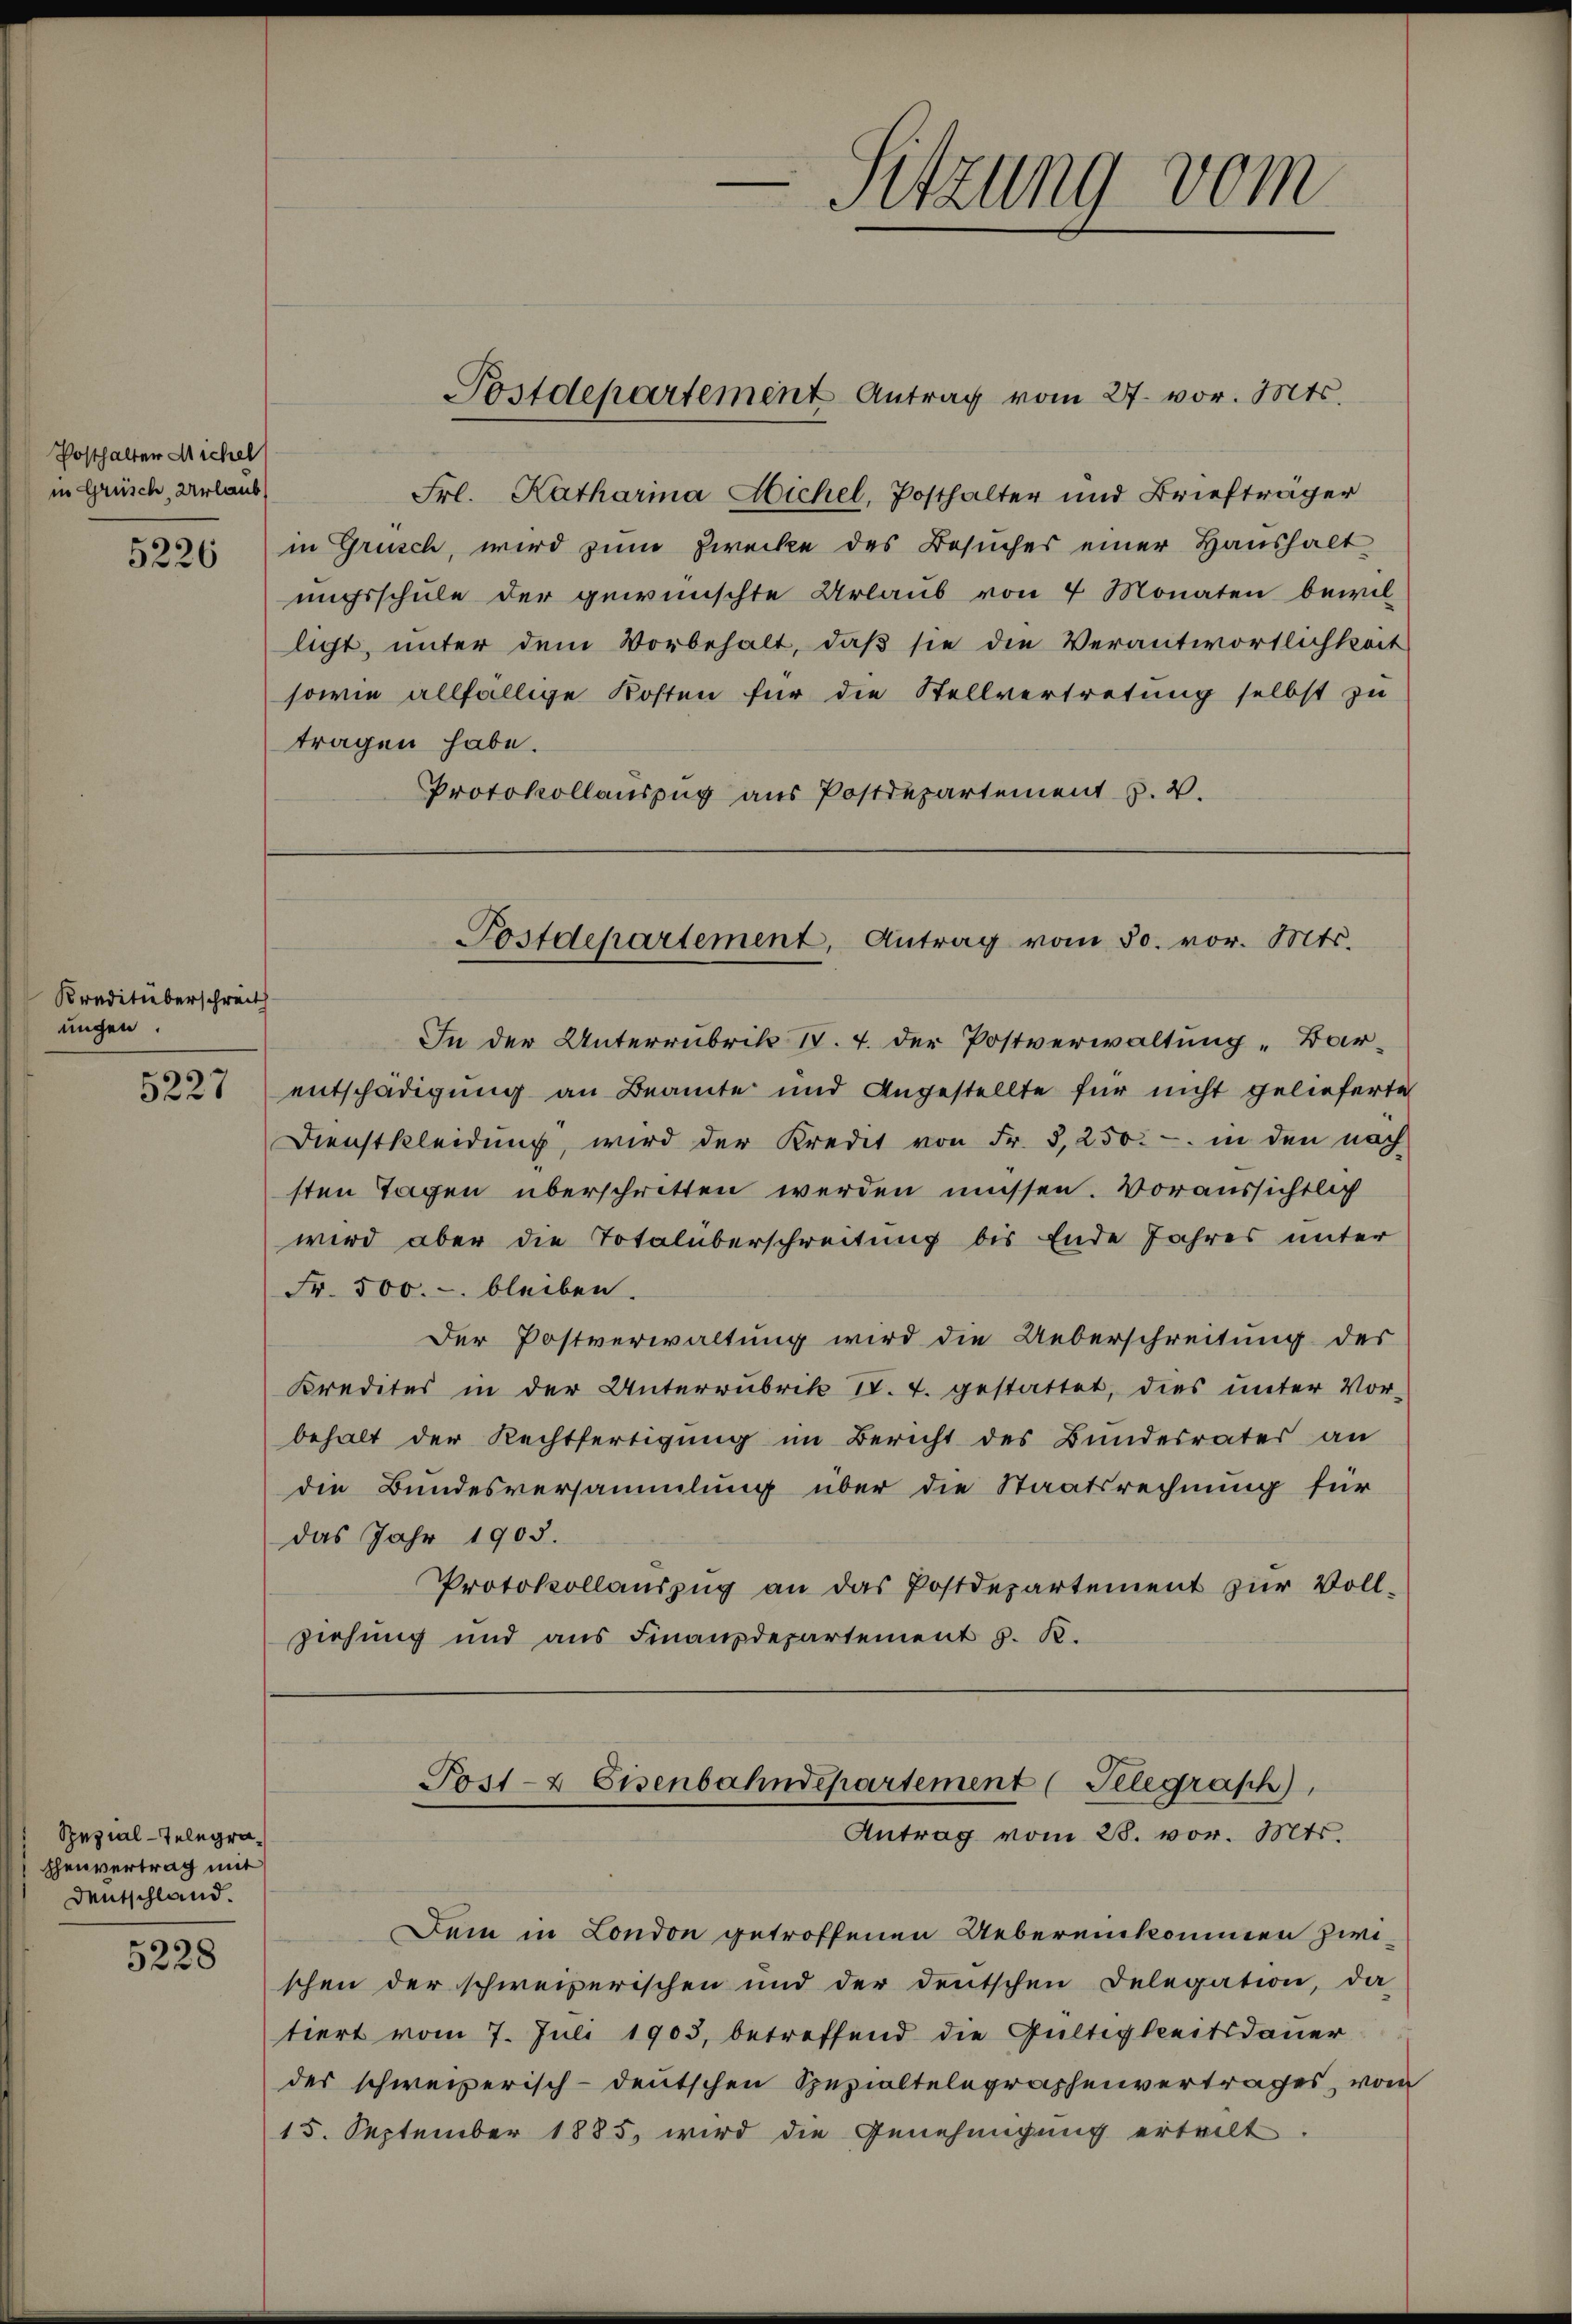
Posthalter Michel
in Grüsch, Urlaub

5226

Kreditüberschreit
ungen.

Spezial-Telegrashenvertrag mit
Deutschland.

5228

Frl. Katharina Hichel, Posthalter und Briefträger
in Grusch, wird zum Zwecke des Besuches einer Haushalt
ungsschule der gewünschte Urlaub von 4 Monaten bewillicht, unter dem Vorbehalt, daβ sie die Verantwortlichkeit
sowie allfällige Kosten für die Stellvertretung selbst zu
tragen habe.
Protokollauszug aus Postdepartement u. V.

Sitzung vom

Postdepartement Antrag vom 27. vor. Mts.

PPostdepartement, Antrag vom 30. vor. Mts.

In der Unterrubrik IV. 4. der Postverwaltung „Bar¬
2227 entschädigung an Beamte und Angestellte für nicht gelieferte
Dienstkleidung, wird der Kredit von Fr. 8, 250.- in den nach
sten Tagen überschritten werden müssen. Voraussichtlich
wird aber die Totalüberschreitung bis Ende Jahres unter
Fr. 500.- bleiben.
Der Postverwaltung wird die Ueberschreitung des
Kredites in der Unterrubrik IV. T. gestattet, dies unter Vor-
behalt der Rechtfertigung im Bericht des Bundesrates an
die Bundesversammlung über die Staatsrechnung für
das Jahr 1905.
Protokollauszug an das Postdepartement zur Voll-
ziehung und aus Finanzdepartement J. K.

Post- & Eisenbahndepartement (Telegraph),
Antrag vom 28. vor. Mts.

Dein in London getroffenen Uebereinkommen zwischen der schweizerischen und der deutschen Delegation, da
tiert vom 7. Juli 1903, betreffend die Gültigkeitsdauer
des schweizerisch-deutschen Spezialtelegraphenvertrages, vom
15. September 1885 wird die Genehmigŭng erteilt.